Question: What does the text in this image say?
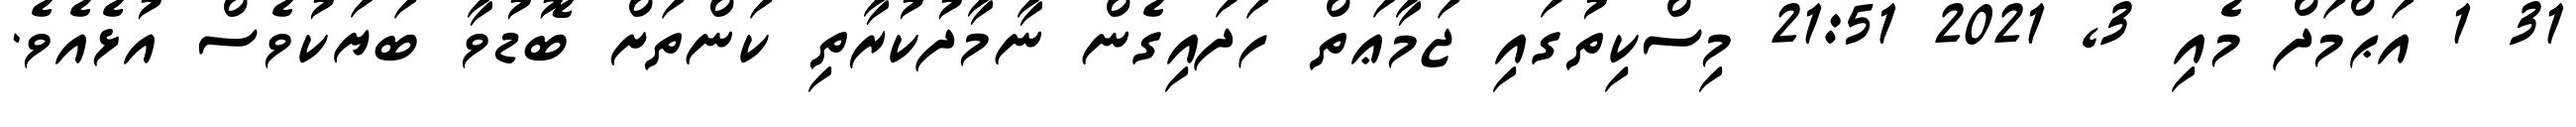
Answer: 31 1 އަޙްމަދް މެއި 3, 2021 21:51 މިސްކިތުގައި ޖަމާޢަތް ހަދައިގެން ނާމާދުކުރާތި ކަންތަށް ބޮޑުވާ ބަޔަކުވެސް އުޅެއެވެ.